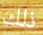
ذلك